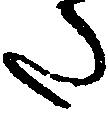
た